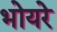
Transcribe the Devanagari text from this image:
भोयरे